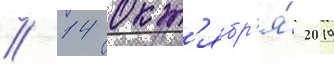
// 14 окт'ябр'я́ 2019